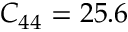
C _ { 4 4 } = 2 5 . 6